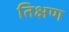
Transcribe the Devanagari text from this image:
तिक्षण